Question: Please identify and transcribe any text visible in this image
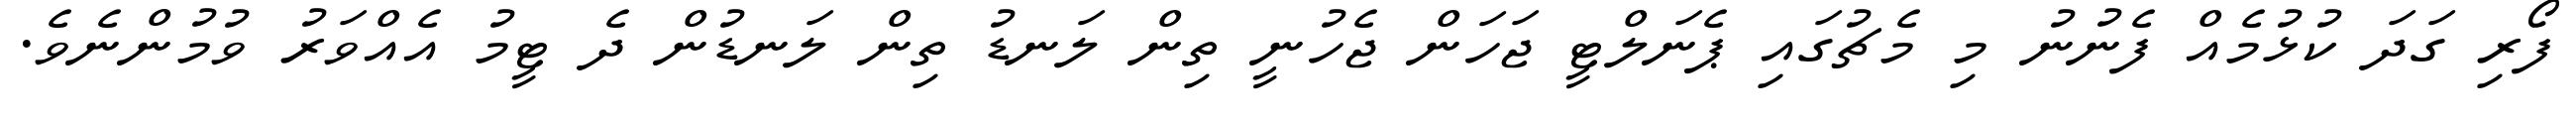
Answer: ފޯރި ގަދަ ކުޅުމެއް ފެނުނު މި މެޗުގައި ޕެނަލްޓީ ޖަހަން ޖެހުނީ ތިން ލަނޑު ތިން ލަނޑުން ދެ ޓީމު އެއްވަރު ވުމުންނެވެ.